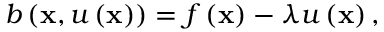
b \left( \mathbf { x } , u \left( \mathbf { x } \right) \right) = f \left( \mathbf { x } \right) - \lambda u \left( \mathbf { x } \right) ,